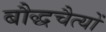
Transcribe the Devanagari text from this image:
बौद्धचैत्यों